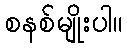
စနစ်မျိုးပါ။